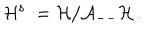
{ \cal H } ^ { \mathrm { s } } : = { \cal H } / { \cal A } _ { -- } { \cal H } \, .